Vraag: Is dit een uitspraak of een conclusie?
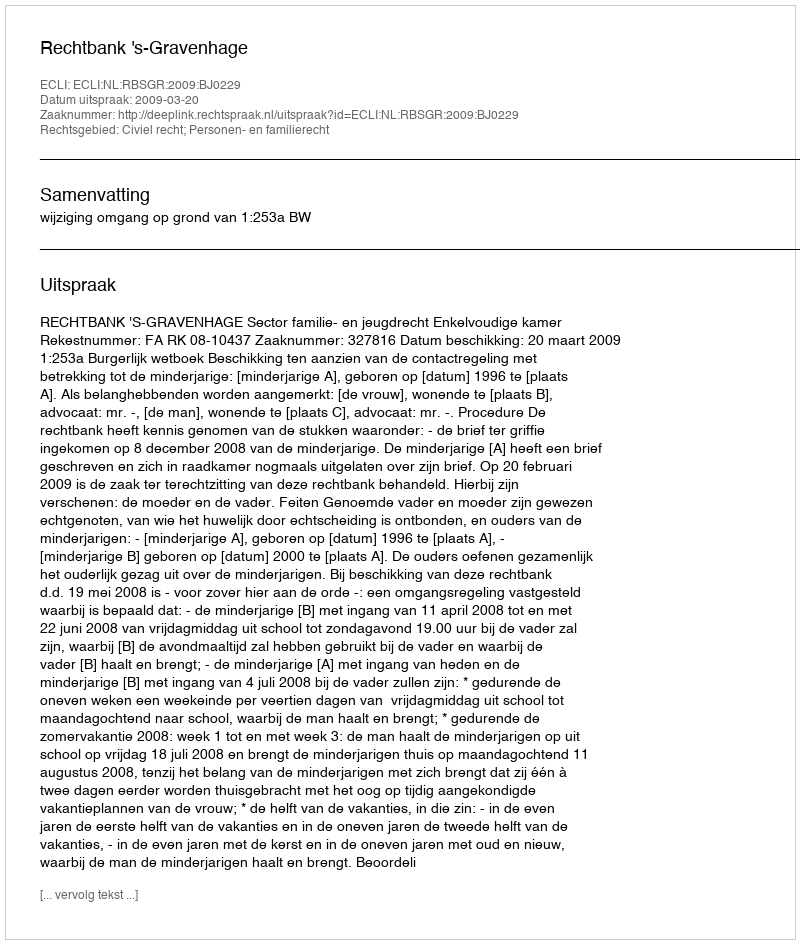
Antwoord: Uitspraak